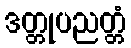
ဒတ္တုပညတ္တံ